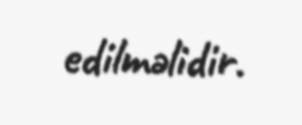
edilməlidir.